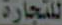
للتجارة